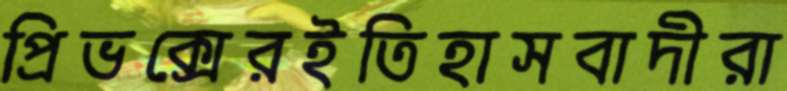
প্রিভক্সেরইতিহাসবাদীরা